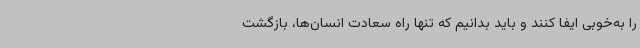
را به‌خوبی ایفا کنند و باید بدانیم که تنها راه سعادت انسان‌ها،‌ بازگشت